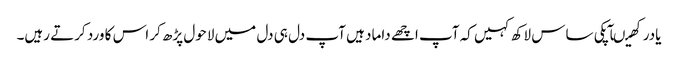
یادرکھیںآپکی ساس لاکھ کہیں کہ آپ اچھے داماد ہیں آپ دل ہی دل میں لاحول پڑھ کر اس کا ورد کرتے رہیں۔